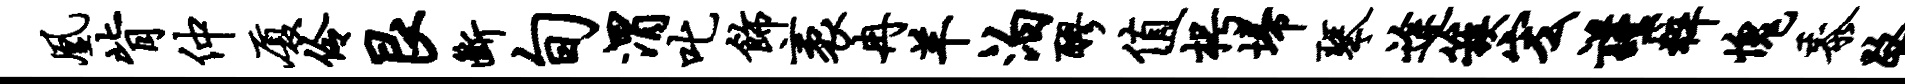
凰背仲厦伶艮断旬渭叱饰袤冉羊泊醪值枵埽琴途簇宏谨粹愧黍路